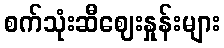
စက်သုံးဆီဈေးနှုန်းများ